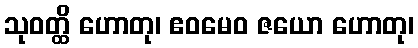
သုဝတ္ထိ ဟောတု၊ ဧဝမေဝ ဇယော ဟောတု၊